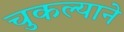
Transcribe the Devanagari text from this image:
चुकल्याने